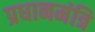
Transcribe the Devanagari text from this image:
प्रधानमंत्रि